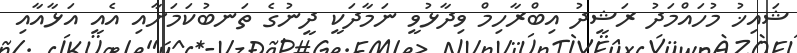
ޝައިޚު މުހައްމަދު ރަޝީދު އިބްރާހިމް ވިދާޅުވީ ނަމާދަކީ ދީނުގެ ތަނބުކަމަށާއި އެއީ އަޅާއާއި